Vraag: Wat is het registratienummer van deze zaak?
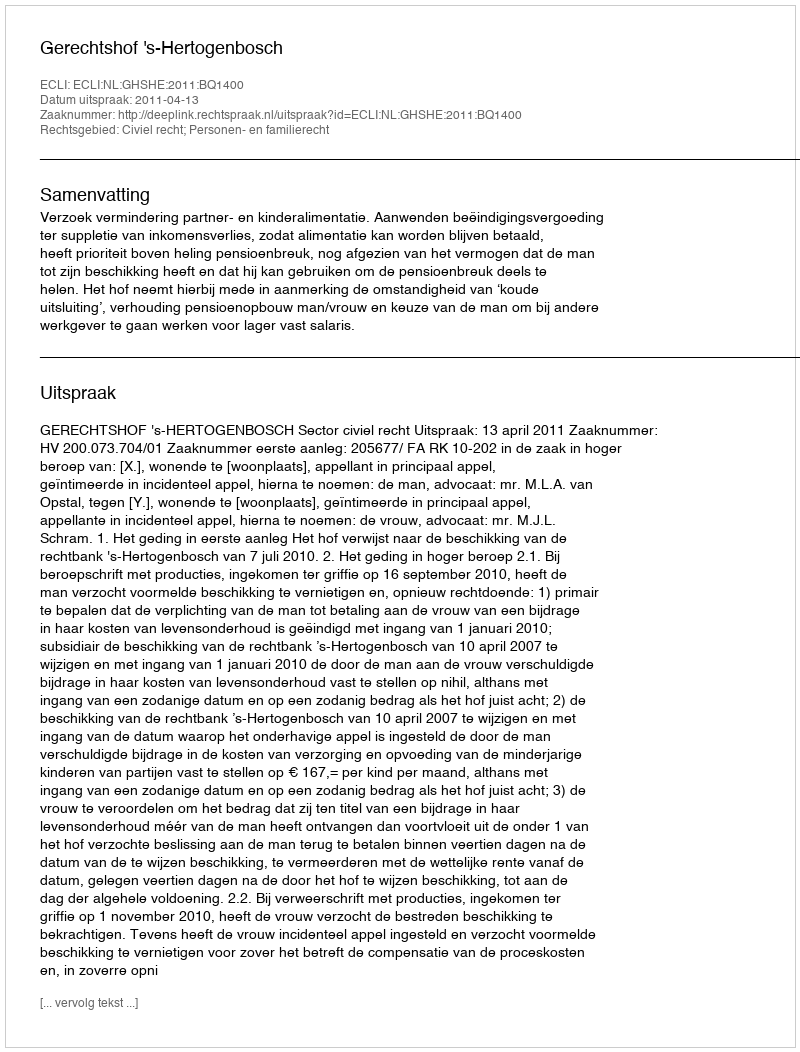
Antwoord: http://deeplink.rechtspraak.nl/uitspraak?id=ECLI:NL:GHSHE:2011:BQ1400